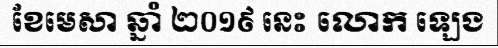
ខែមេសា ឆ្នាំ ២០១៩ នេះ លោក ឡេង